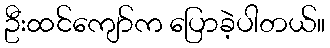
ဦးထင်ကျော်က ပြောခဲ့ပါတယ်။